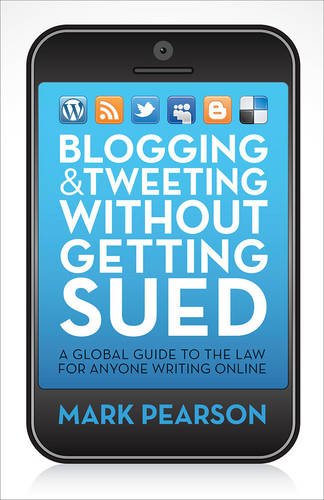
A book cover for Blogging & Tweeting Without Getting Sued: A Global Guide to the Law for Anyone Writing Online; Mark Pearson; Law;